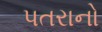
પતરાનો